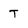
Character: T